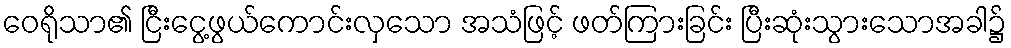
ဝေရိုသာ၏ ငြီးငွေ့ဖွယ်ကောင်းလှသော အသံဖြင့် ဖတ်ကြားခြင်း ပြီးဆုံးသွားသောအခါ၌